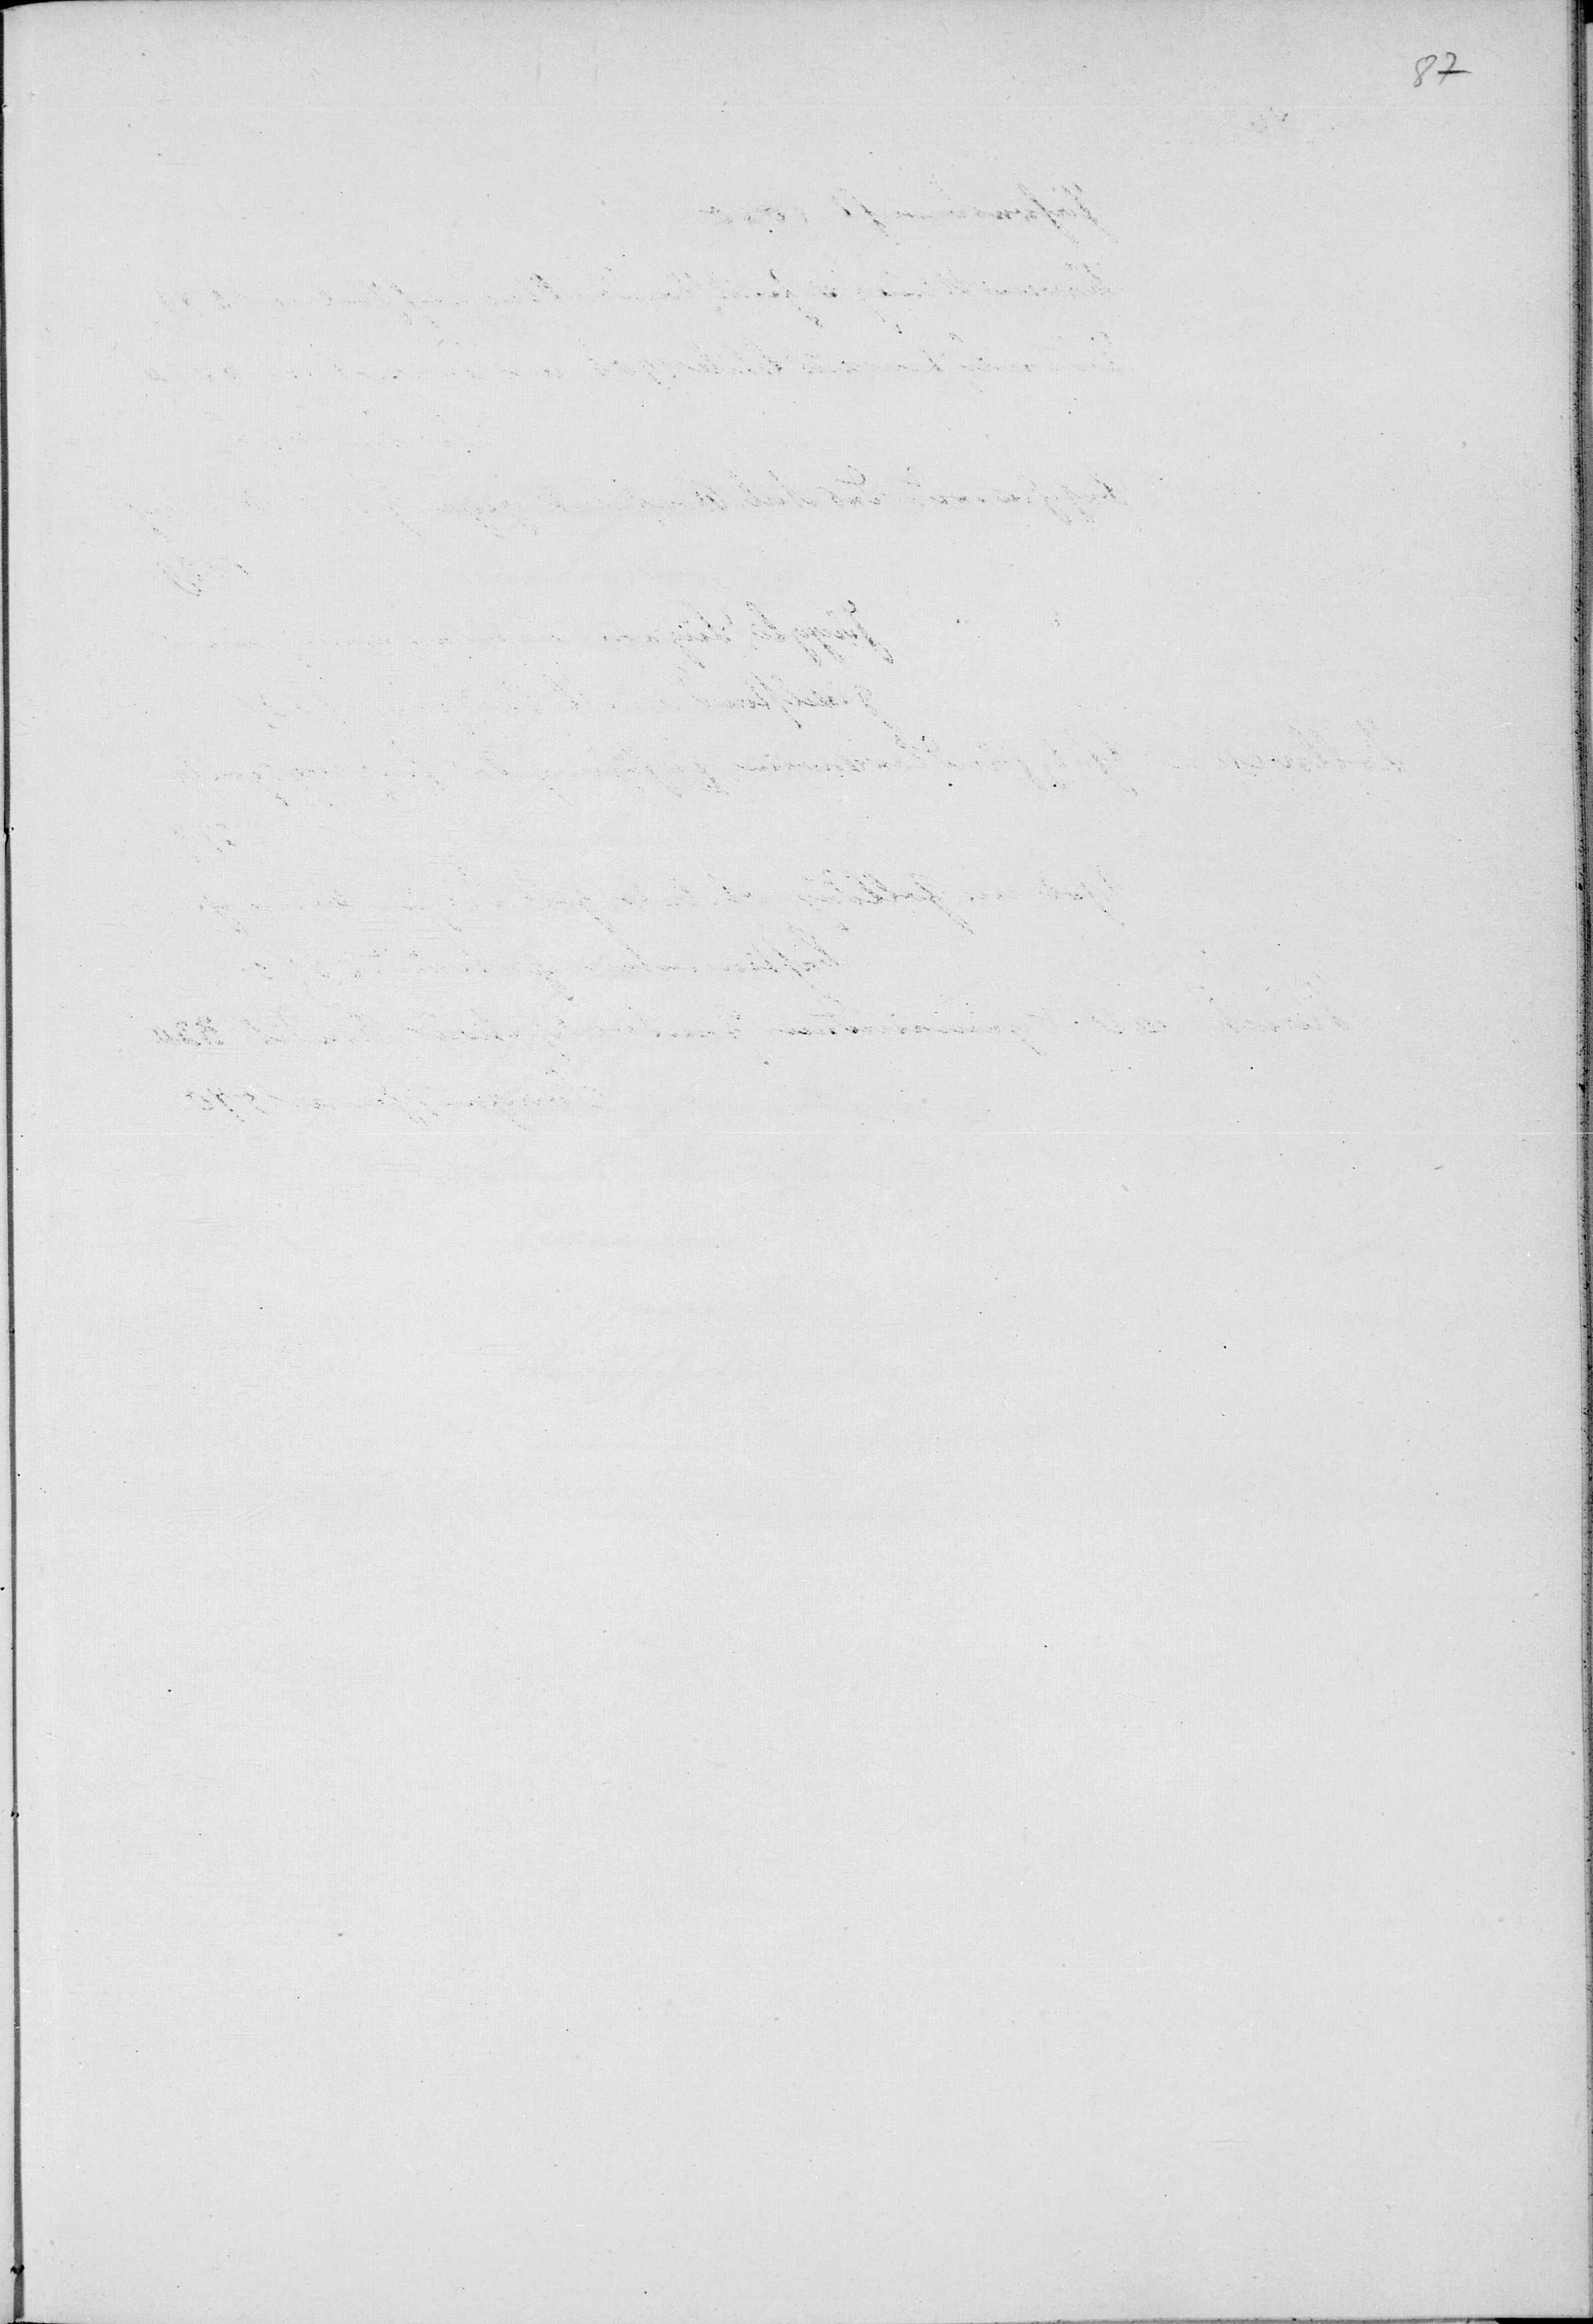
nt:

1. Die Appellation
Entscheid aufgehoben.
ibid.
erken¬

pel¬